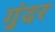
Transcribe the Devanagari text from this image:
गुंदर